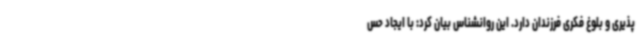
پذیری و بلوغ فکری فرزندان دارد. این روانشناس بیان کرد: با ایجاد حس